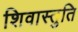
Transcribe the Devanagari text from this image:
शिवास्तुति